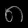
Digit: ၈